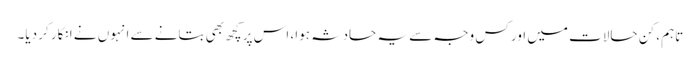
تاہم، کن حالات میں اور کس وجہ سے یہ حادثہ ہوا، اس پر کچھ بھی بتانے سے انہوں نے انکار کر دیا۔